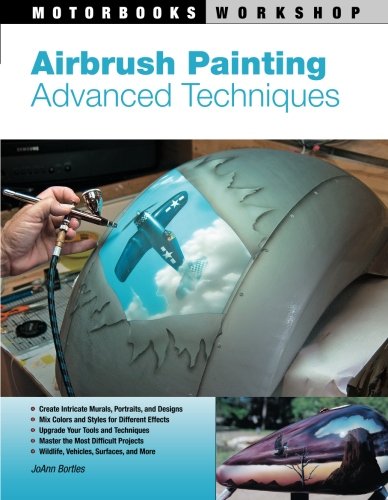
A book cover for Airbrush Painting: Advanced Techniques (Motorbooks Workshop); JoAnn Bortles; Arts & Photography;